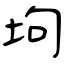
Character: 坸